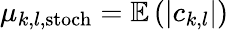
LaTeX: \mu_{k,l,\mathrm{stoch}}=\mathbb{E}\left(|c_{k,l}|\right)